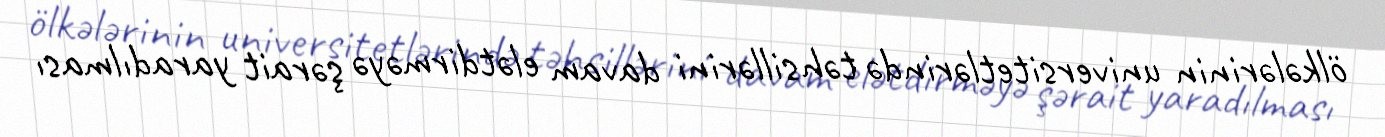
ölkələrinin universitetlərində təhsillərini davam elətdirməyə şərait yaradılması